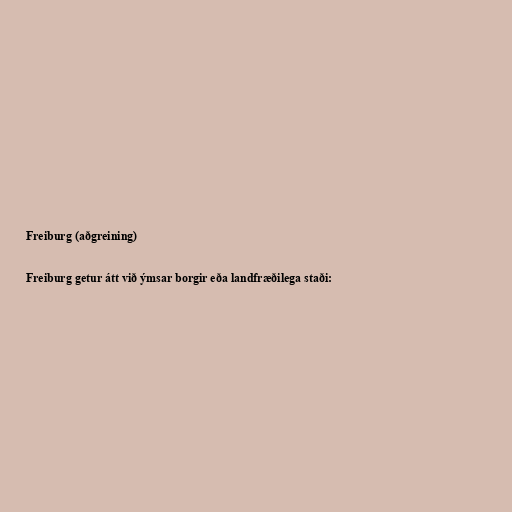
Freiburg (aðgreining)

Freiburg getur átt við ýmsar borgir eða landfræðilega staði: